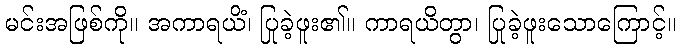
မင်းအဖြစ်ကို။ အကာရယိံ၊ ပြုခဲ့ဖူး၏။ ကာရယိတွာ၊ ပြုခဲ့ဖူးသောကြောင့်။